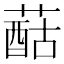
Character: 䔯